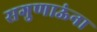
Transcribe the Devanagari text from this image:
सगुणाऊंना